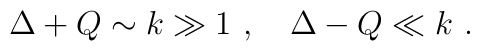
\Delta+Q \sim k\gg 1~, ~~~ \Delta-Q \ll k ~,